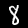
Label: 8